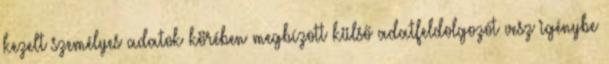
kezelt személyes adatok körében megbízott külső adatfeldolgozót vesz igénybe